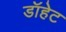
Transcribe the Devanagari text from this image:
डॉहेट